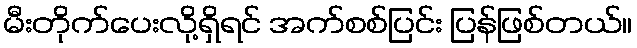
မီးတိုက်ပေးလို့ရှိရင် အက်စစ်ပြင်း ပြန်ဖြစ်တယ်။